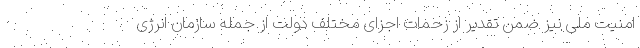
امنیت ملی نیز ضمن تقدیر از زحمات اجزای مختلف دولت از جمله سازمان انرژی